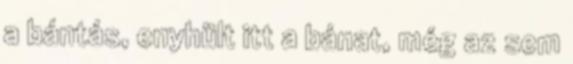
a bántás, enyhült itt a bánat, még az sem